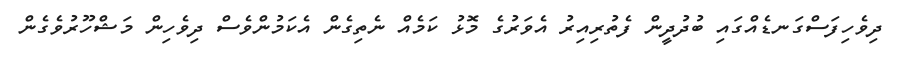
ދިވެހިފަސްގަނޑެއްގައި ބުދުދީން ފެތުރިއިރު އެވަރުގެ މޮޅު ކަމެއް ނެތިގެން އެކަމުންވެސް ދިވެހިން މަޝްހޫރުވެގެން